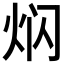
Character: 𤇄